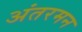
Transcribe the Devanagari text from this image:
अंतरमन